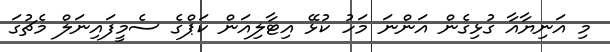
މި އަނިޔާއާ ގުޅިގެން އަންނަ މަހު ކުޅޭ އިޓާލިއަން ކަޕްގެ ސެމީފައިނަލް މެޗުގަ